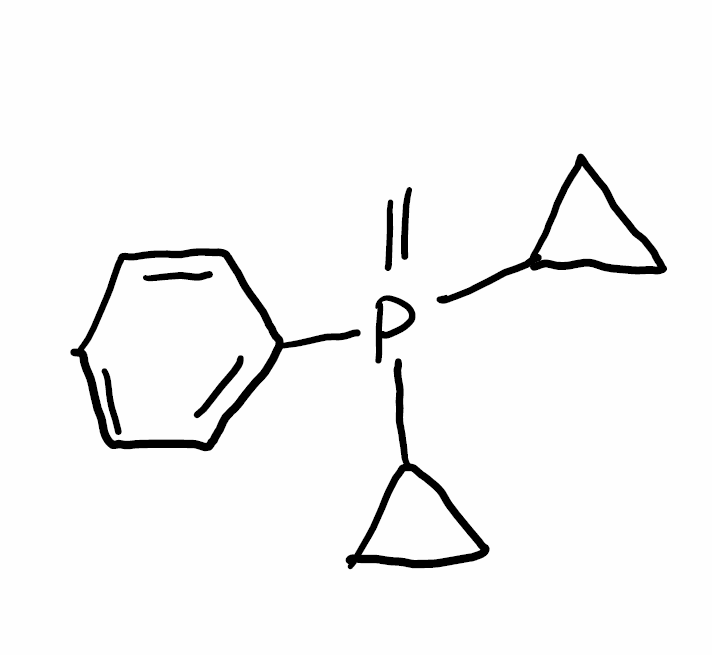
Simplified molecular-input line-entry system (SMILES) notation of the given molecule:
C=P(C1CC1)(C2CC2)C3=CC=CC=C3